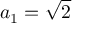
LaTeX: a _ { 1 } = { \sqrt { 2 } }